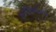
કળીઓનો